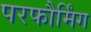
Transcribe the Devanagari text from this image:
परफौर्मिंग